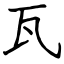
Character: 瓦